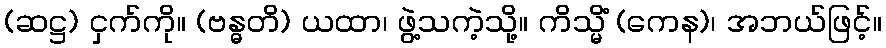
(ဆဋ္ဌ) ငှက်ကို။ (ဗန္ဓတိ) ယထာ၊ ဖွဲ့သကဲ့သို့။ ကိသ္မိံ (ကေန)၊ အဘယ်ဖြင့်။